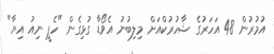
އުމުރުން 48 އަހަރުގެ ޝާހުރުކްއަށް މިލިބުނު އެވޯޑާ ގުޅިގެން "ހެޕީ ނިއު އިޔާ"